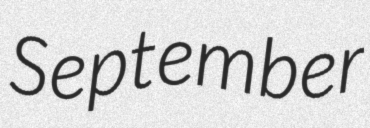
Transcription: September